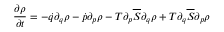
\frac { \partial \rho } { \partial t } = - \dot { q } \partial _ { q } \rho - \dot { p } \partial _ { p } \rho - T \partial _ { p } \overline { { S } } \partial _ { q } \rho + T \partial _ { q } \overline { { S } } \partial _ { p } \rho